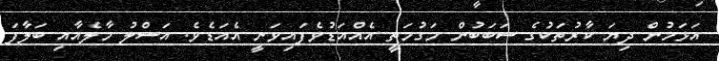
އަޅަމުން ދިޔަ ކާރުތަކުގެ ސަބަބުން މަގުމަތީ އެއްއަޑުވެފައިވަނީ އެއަޑެވެ. އަސްލު މާލެއާއި ބަލާފަ